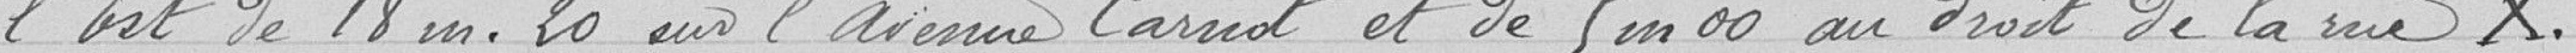
l'Est de 18 m.20 sur l'avenue Carnot et de 5 m00 au droit de la rue X.